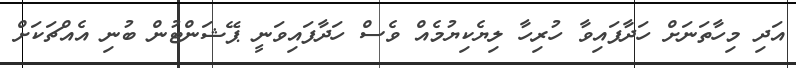
އަދި މިހާތަނަށް ހަދާފައިވާ ހުރިހާ ލިޔެކިޔުމެއް ވެސް ހަދާފައިވަނީ ޕޭޝަންޓުން ބުނި އެއްޗަކަށް